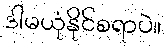
ဒါမယုံနိုင်စရာပဲ။